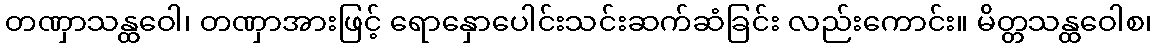
တဏှာသန္ထဝေါ၊ တဏှာအားဖြင့် ရောနှောပေါင်းသင်းဆက်ဆံခြင်း လည်းကောင်း။ မိတ္တသန္ထဝေါစ၊